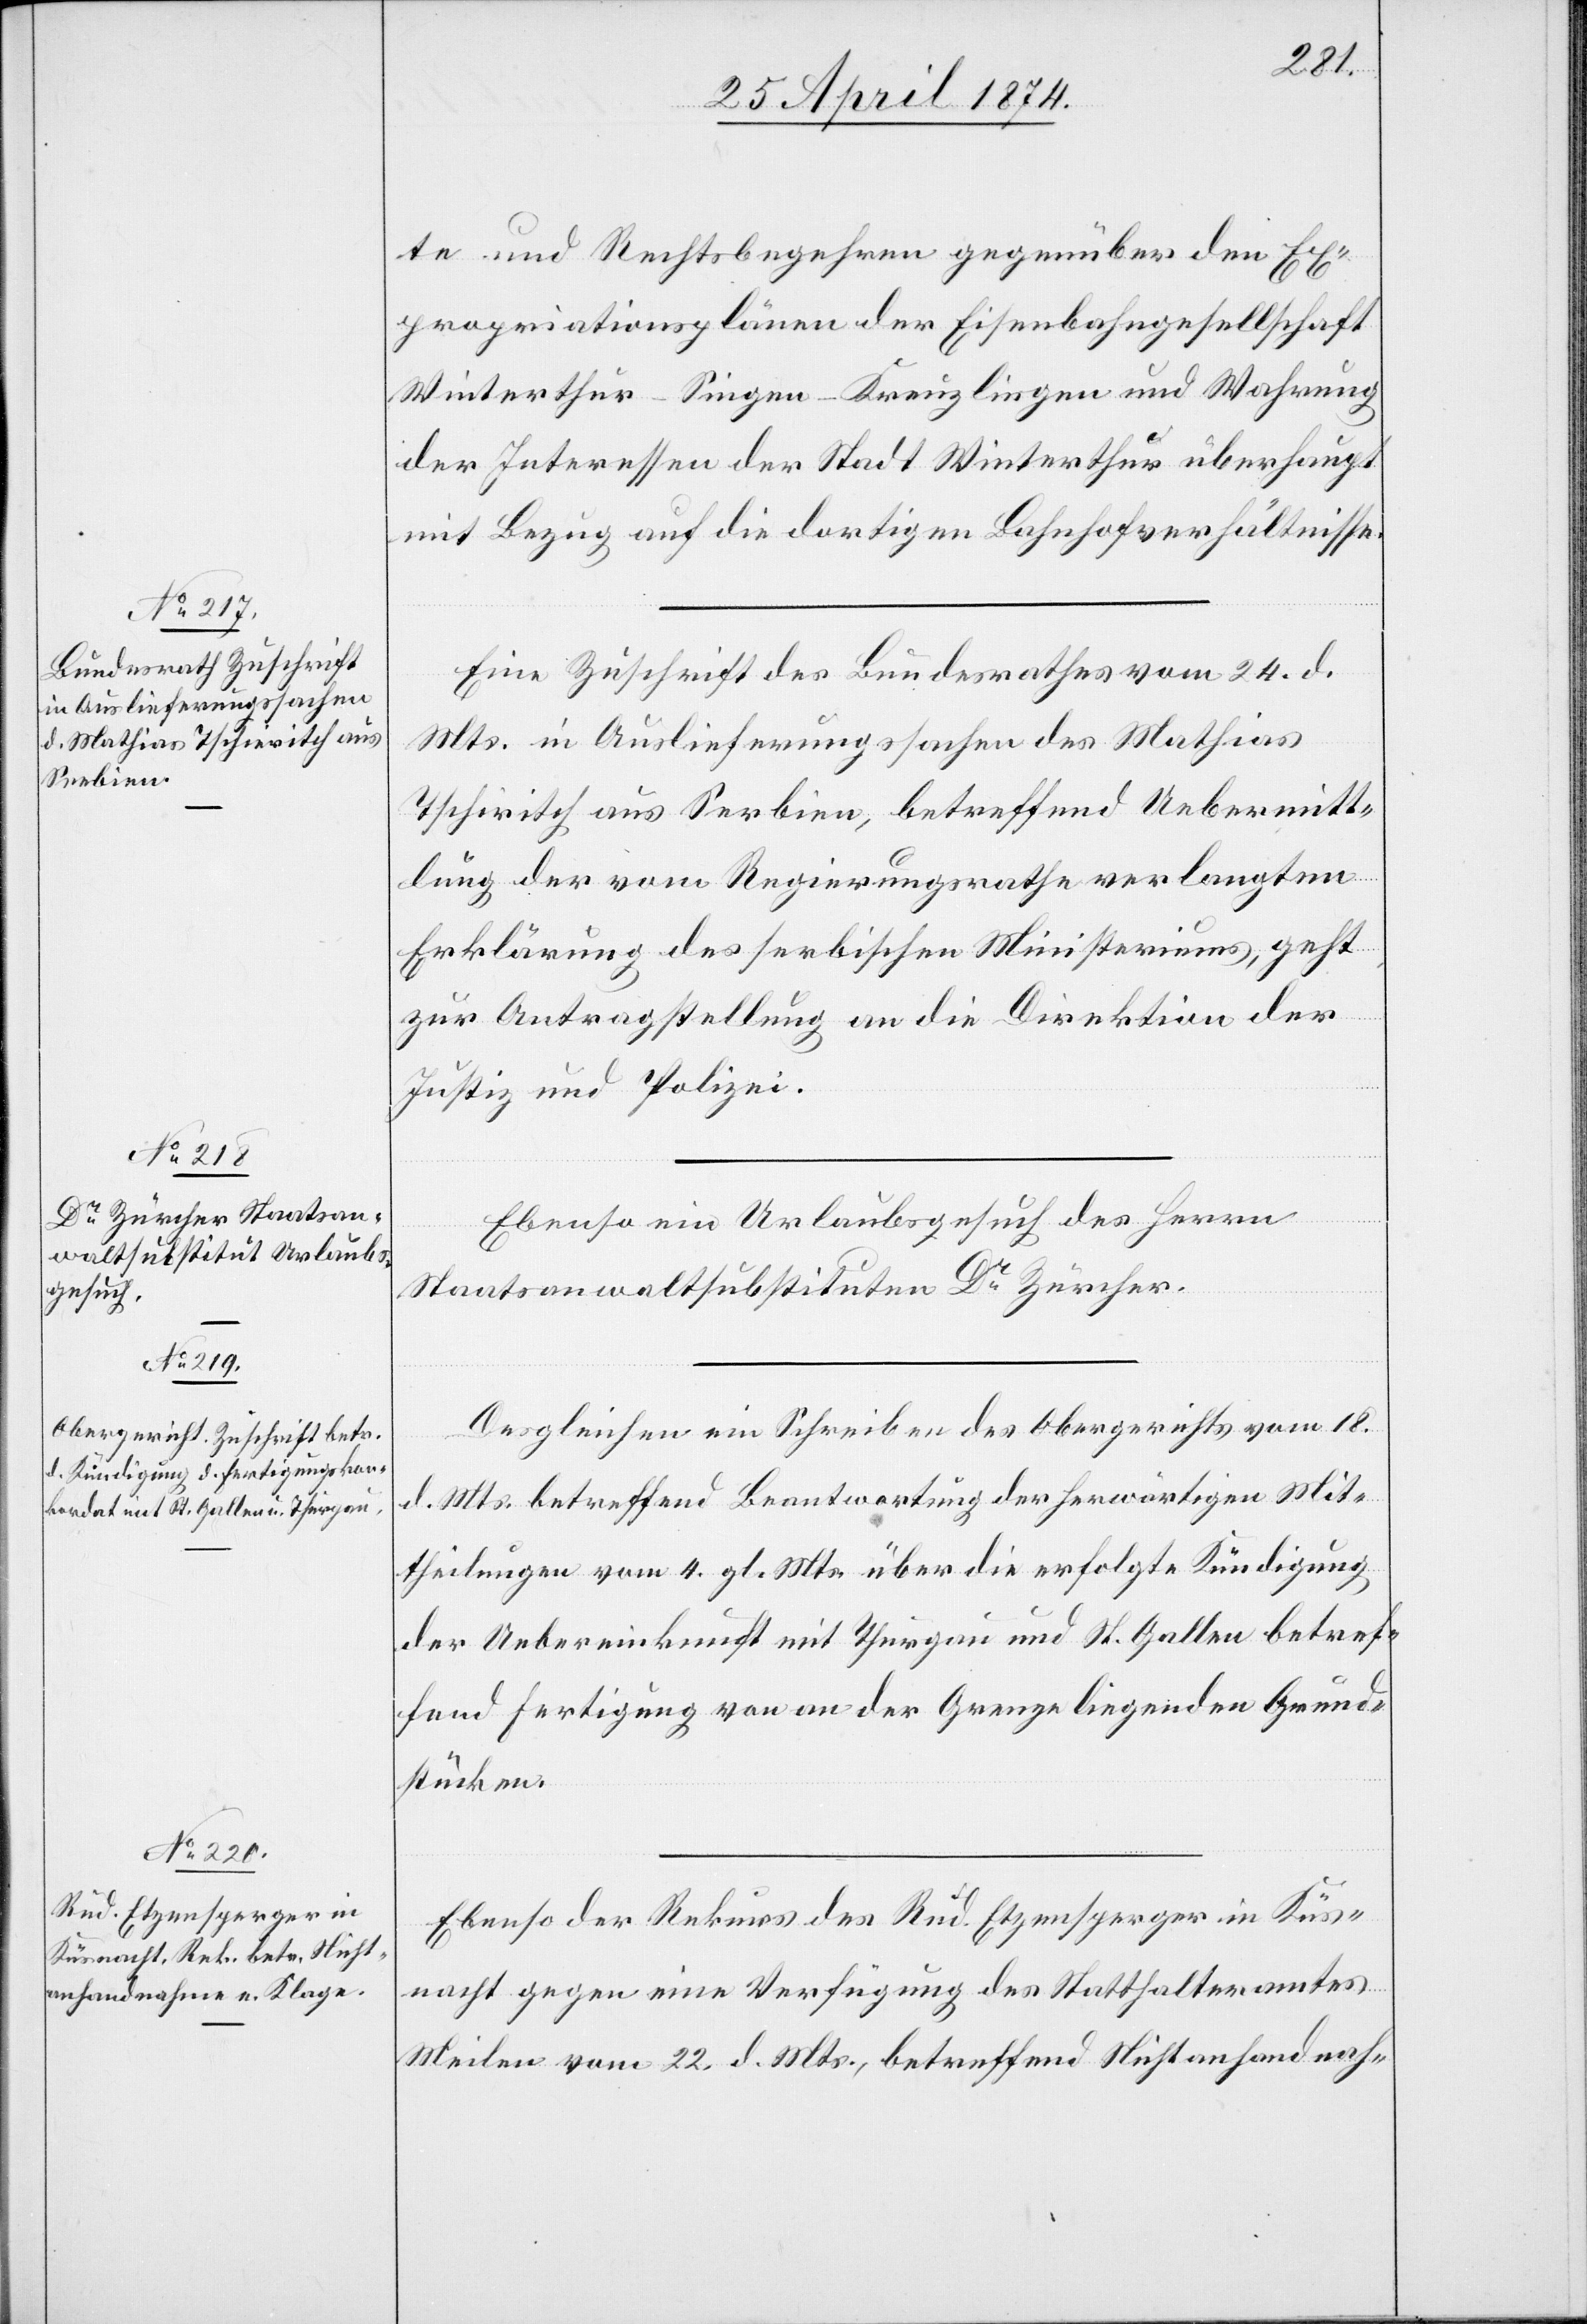
27. April 1874.]
te und Rechtsbegehren gegenüber den Ex¬
propriationsplänen der Eisenbahngesellschaft
Winterthur-Singen-Kreuzlingen und Wahrung
der Interessen der Stadt Winterthur überhaupt
mit Bezug auf die dortigen Bahnhofsverhältnisse.
Eine Zuschrift des Bundesrathes vom 24. d.
Mts. in Auslieferungssachen des Mathias
Tschiritch aus Serbien, betreffend Uebermitt¬
lung der vom Regierungsrathe verlangten
Erklärung des serbischen Ministeriums, geht
zur Antragstellung an die Direktion der
Justiz und Polizei.
Ebenso ein Urlaubsgesuch des Herrn
Staatsanwaltsubstituten Dr Zürcher.
Desgleichen ein Schreiben des Obergerichts vom 18.
d. Mts. betreffend Beantwortung der herwärtigen Mit¬
theilungen vom 4. gl. Mts. über die erfolgte Kündigung
der Uebereinkunft mit Thurgau und St. Gallen betref¬
fend Fertigung von an der Grenze liegenden Grund¬
stücken.
Ebenso der Rekurs des Rud. Etzensperger in Küs¬
nacht gegen eine Verfügung des Statthalteramtes
Meilen vom 22. d. Mts., betreffend Nichtanhandnah-